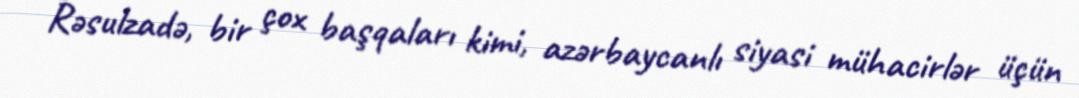
Rəsulzadə, bir çox başqaları kimi, azərbaycanlı siyasi mühacirlər üçün